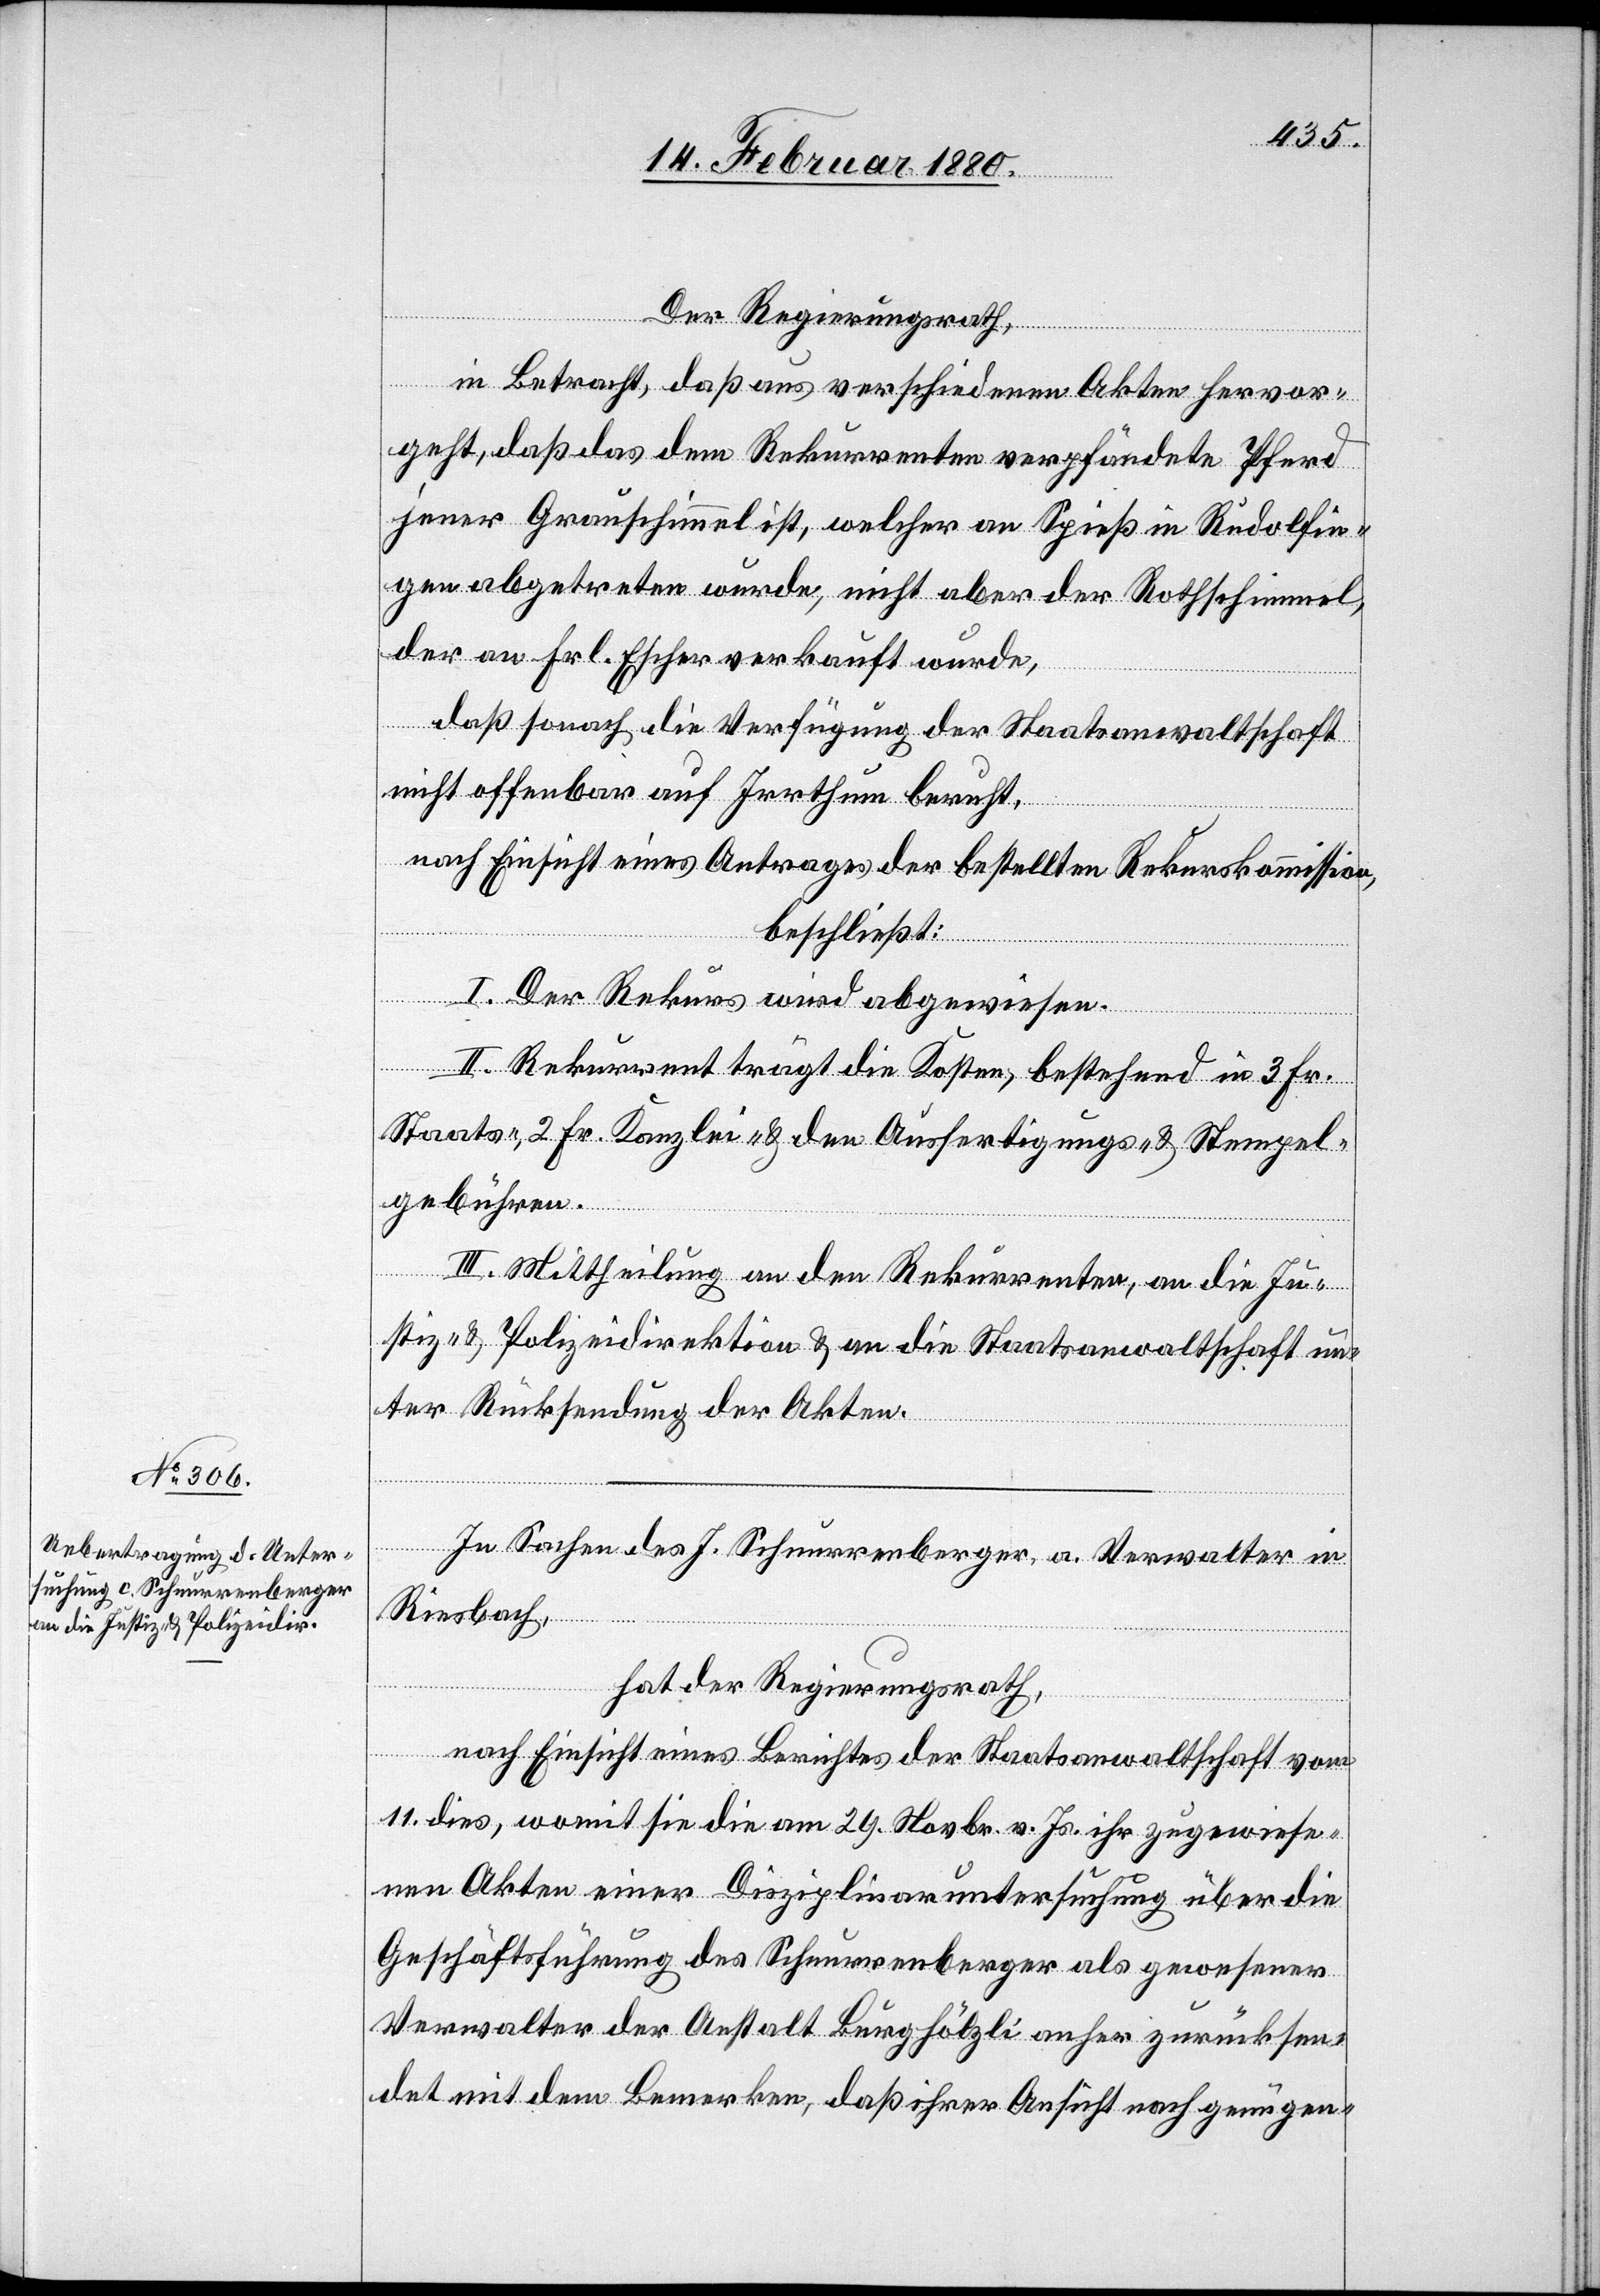
Der Regierungsrath,
in Betracht, daß aus verschiedenen Akten hervor¬
geht, daß das dem Rekurrenten verpfändete Pferd
jener Grauschimmel ist, welcher an Spieß in Rudolfin¬
gen abgetreten wurde, nicht aber der Rothschimmel,
der an Frl. Escher verkauft wurde,
daß sonach die Verfügung der Staatsanwaltschaft
nicht offenbar auf Irrthum beruht,
nach Einsicht eines Antrages der bestellten Rekurskommission,
beschließt:
I. Der Rekurs wird abgewiesen.
II. Rekurrent trägt die Kosten, bestehend in 3 Fr.
Staats-, 2 Fr. Kanzlei- & den Ausfertigungs- & Stempel¬
gebühren.
III. Mittheilung an den Rekurrenten, an die Ju¬
stiz- & Polizeidirektion & an die Staatsanwaltschaft un¬
ter Rücksendung der Akten.
In Sachen des J. Scheurrenberger, a. Verwalter in
Riesbach,
hat der Regierungsrath,
nach Einsicht eines Berichtes der Staatsanwaltschaft vom
11. dies, womit sie die am 29. Novbr. v. Js. ihr zugewiese¬
nen Akten einer Disziplinaruntersuchung über die
Geschäftsführung des Scheurrenberger als gewesener
Verwalter der Anstalt Burghölzli anher zurücksen¬
det mit dem Bemerken, daß ihrer Ansicht nach genügen-